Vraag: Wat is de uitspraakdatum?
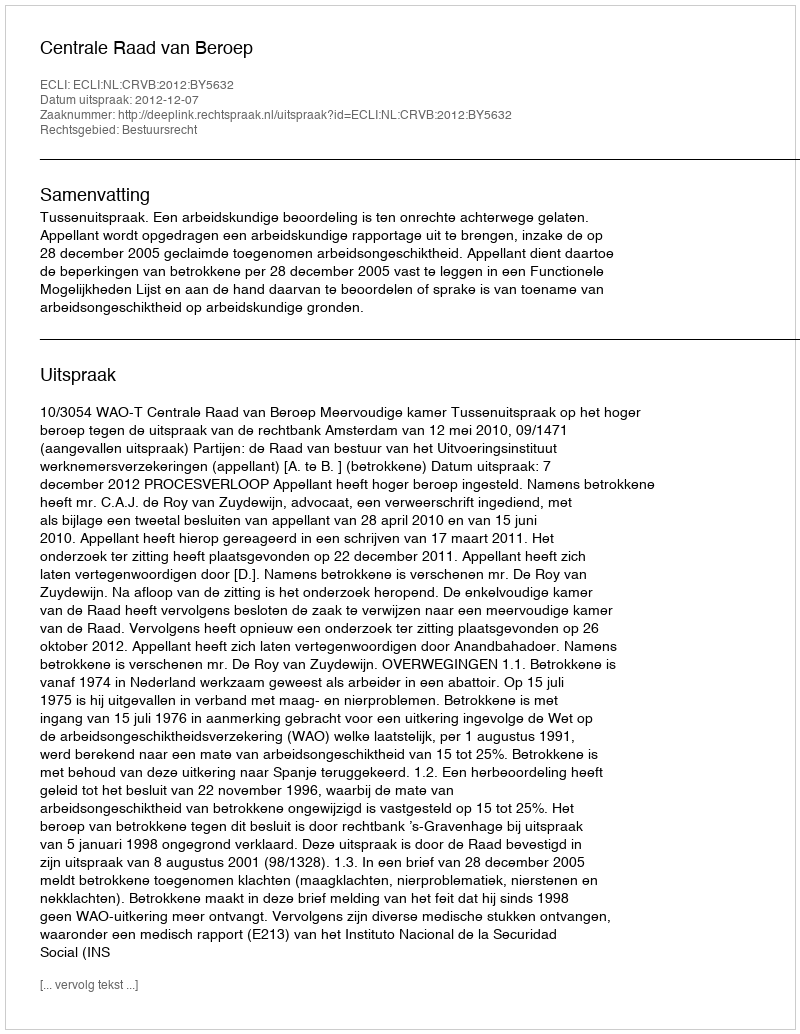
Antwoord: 2012-12-07